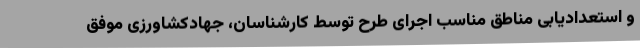
و استعدادیابی مناطق مناسب اجرای طرح توسط کارشناسان، جهادکشاورزی موفق